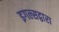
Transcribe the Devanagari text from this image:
इगल्सद्वारा